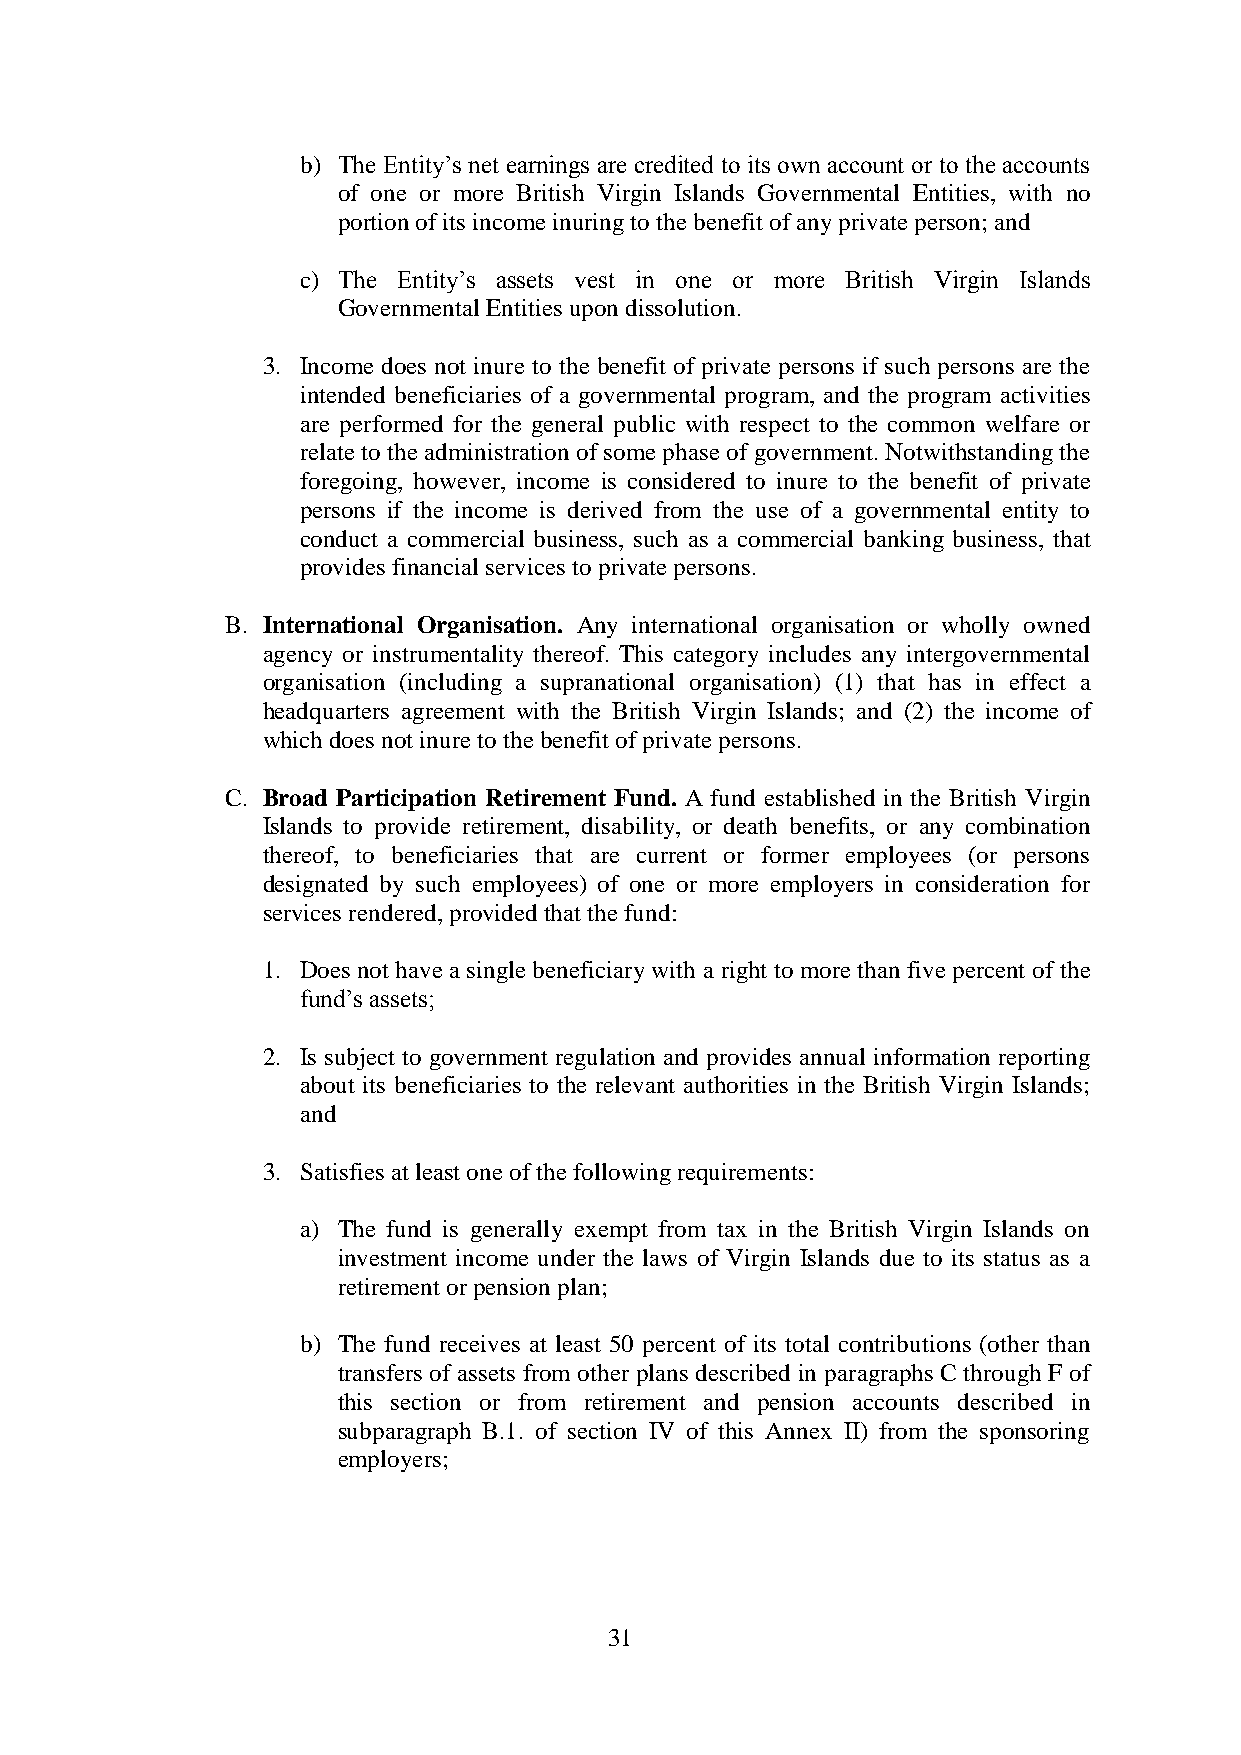
b) The Entity’s net earnings are credited to its own account or to the accounts
 of one or more British Virgin Islands Governmental Entities, with no
 portion of its income inuring to the benefit of any private person; and
 c) The Entity’s assets vest in one or more British Virgin Islands
 Governmental Entities upon dissolution.
 3. Income does not inure to the benefit of private persons if such persons are the
 intended beneficiaries of a governmental program, and the program activities
 are performed for the general public with respect to the common welfare or
 relate to the administration of some phase of government. Notwithstanding the
 foregoing, however, income is considered to inure to the benefit of private
 persons if the income is derived from the use of a governmental entity to
 conduct a commercial business, such as a commercial banking business, that
 provides financial services to private persons.
 B. International Organisation. Any international organisation or wholly owned
 agency or instrumentality thereof. This category includes any intergovernmental
 organisation (including a supranational organisation) (1) that has in effect a
 headquarters agreement with the British Virgin Islands; and (2) the income of
 which does not inure to the benefit of private persons.
 C. Broad Participation Retirement Fund. A fund established in the British Virgin
 Islands to provide retirement, disability, or death benefits, or any combination
 thereof, to beneficiaries that are current or former employees (or persons
 designated by such employees) of one or more employers in consideration for
 services rendered, provided that the fund:
 1. Does not have a single beneficiary with a right to more than five percent of the
 fund’s assets;
 2. Is subject to government regulation and provides annual information reporting
 about its beneficiaries to the relevant authorities in the British Virgin Islands;
 and
 3. Satisfies at least one of the following requirements:
 a) The fund is generally exempt from tax in the British Virgin Islands on
 investment income under the laws of Virgin Islands due to its status as a
 retirement or pension plan;
 b) The fund receives at least 50 percent of its total contributions (other than
 transfers of assets from other plans described in paragraphs C through F of
 this section or from retirement and pension accounts described in
 subparagraph B.1. of section IV of this Annex II) from the sponsoring
 employers;
 31